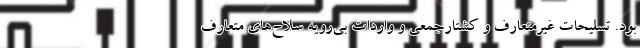
بود. تسلیحات غیرمتعارف و کشتارجمعی و واردات بی‌رویه سلاح‌های متعارف